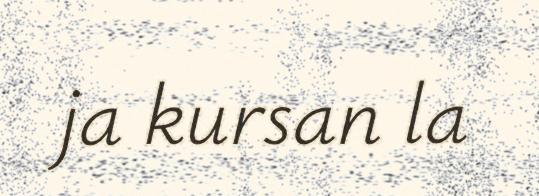
ja kursan la